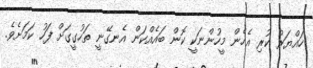
ހައްޔަރު ކުރި އެހެން މީހުންނަކީ ކޮން ބައެއްކަން އެނގޭނީ ތަހުގީގަށް ފަހު ކަމަށެވެ.